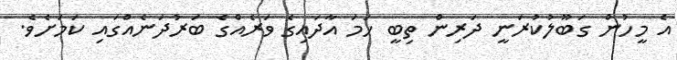
އެ މީހުން ގަބޫލުކުރަނީ ދަރިން ތިބީ ހަމަ އާދައިގެ ވަރެއްގެ ބަރުދަނެއްގައި ކަމަށެވެ.